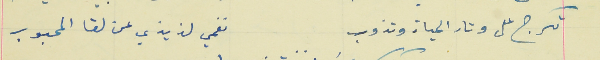
تكرج على وتار الحياة وتذوب                                  نغمي لذيذي عن لقا المحبوب